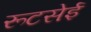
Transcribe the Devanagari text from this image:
रूटसेई